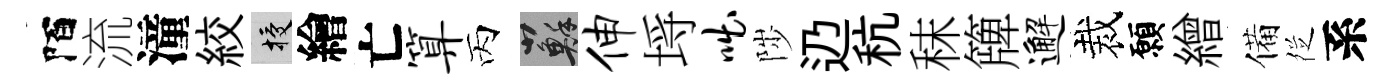
陌流潼絞授繪亡算丙蘇伸埓咄陟辸秔秣簰邂裁願繒備徔系